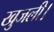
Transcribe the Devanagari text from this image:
खुजली।